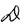
Character: D